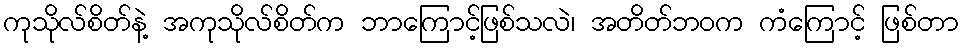
ကုသိုလ်စိတ်နဲ့ အကုသိုလ်စိတ်က ဘာကြောင့်ဖြစ်သလဲ၊ အတိတ်ဘဝက ကံကြောင့် ဖြစ်တာ